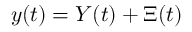
\begin{array} { r } { y ( t ) = Y ( t ) + \Xi ( t ) } \end{array}